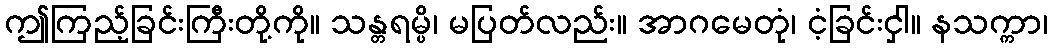
ဤကြည့်ခြင်းကြီးတို့ကို။ သန္တရမ္ပိ၊ မပြတ်လည်း။ အာဂမေတုံ၊ ငံ့ခြင်းငှါ။ နသက္ကာ၊